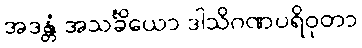
အဒန္တံ အသင်္ခိယော ဒါသိဂဏပရိဝုတာ